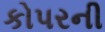
કોપરની